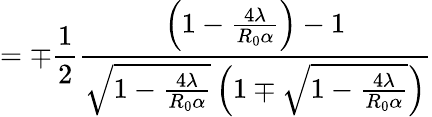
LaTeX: =\mp\frac{1}{2}\frac{\left(1-\frac{4\lambda}{R_{0}\alpha}\right)-1}{\sqrt{1-\frac{4\lambda}{R_{0}\alpha}}\left(1\mp\sqrt{1-\frac{4\lambda}{R_{0}\alpha}}\right)}